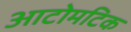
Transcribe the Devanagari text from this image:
आटोमटिक